Indian journal of veterinary science and animal husbandry - Volume 5,
Year: 1935
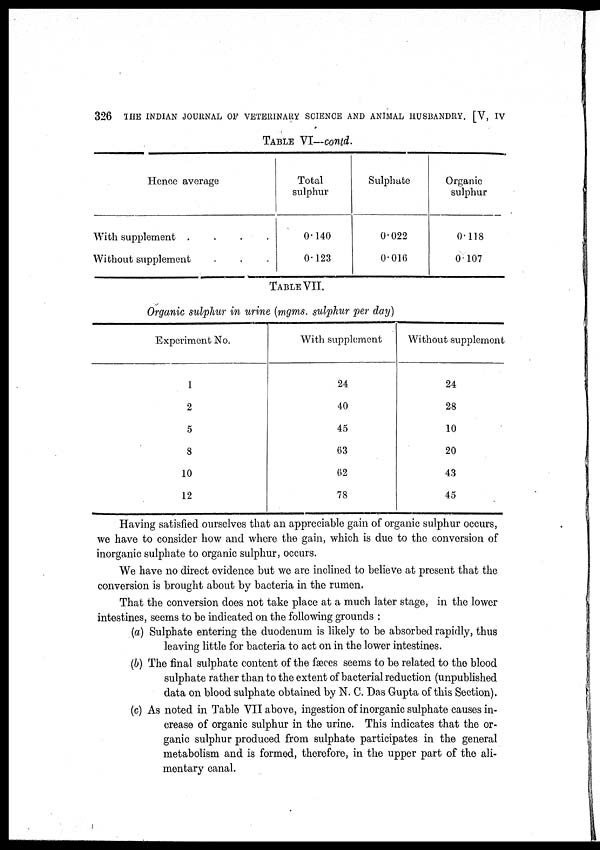
326 THE INDIAN JOURNAL OF VETERINARY SCIENCE AND ANIMAL HUSBANDRY. [V, IV
TABLE VI—contd.
Hence average
With supplement
....
Without supplement
Total
sulphur
0.140
0.123
Sulphate
0.022
0.016
Organic
sulphur
0.118
0.107
TABLE VII.
Organic sulphur in urine (mgms. sulphur per day)
Experiment No.
1
2
5
8
10
12
With supplement
24
40
45
63
62
78
Without supplement
24
28
10
20
43
45
Having satisfied ourselves that an appreciable gain of organic sulphur occurs,
we have to consider how and where the gain, which is due to the conversion of
inorganic sulphate to organic sulphur, occurs.
We have no direct evidence but we are inclined to believe at present that the
conversion is brought about by bacteria in the rumen.
That the conversion does not take place at a much later stage, in the lower
intestines, seems to be indicated on the following grounds :
(a) Sulphate entering the duodenum is likely to be absorbed rapidly, thus
leaving little for bacteria to act on in the lower intestines.
(b) The final sulphate content of the fæces seems to be related to the blood
sulphate rather than to the extent of bacterial reduction (unpublished
data on blood sulphate obtained by N. C. Das Gupta of this Section).
(c) As noted in Table VII above, ingestion of inorganic sulphate causes in-
crease of organic sulphur in the urine. This indicates that the or-
ganic sulphur produced from sulphate participates in the general
metabolism and is formed, therefore, in the upper part of the ali-
mentary canal.